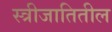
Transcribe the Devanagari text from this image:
स्त्रीजातितील